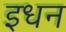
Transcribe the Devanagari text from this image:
इधन